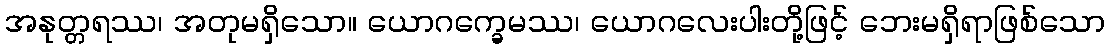
အနုတ္တရဿ၊ အတုမရှိသော။ ယောဂက္ခေမဿ၊ ယောဂလေးပါးတို့ဖြင့် ဘေးမရှိရာဖြစ်သော